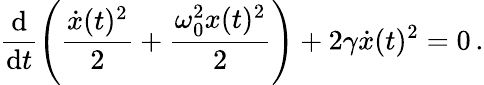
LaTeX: \frac{\textrm{d}}{\textrm{d}t}\left(\frac{\dot{x}(t)^{2}}{2}+\frac{\omega_{0}^{2}x(t)^{2}}{2}\right)+2\gamma\dot{x}(t)^{2}=0\, .